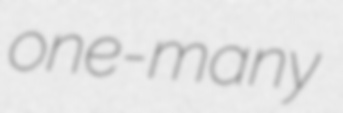
one-many